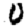
Digit: 0